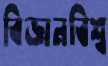
বিজ্ঞানবিশ্ব